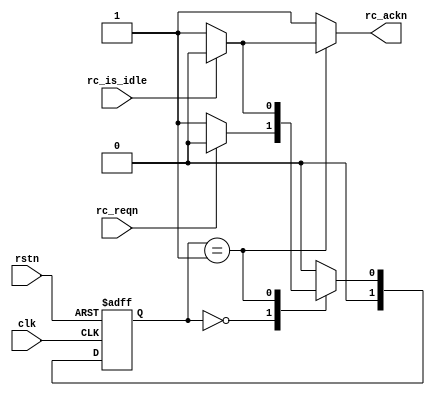
module intern_sync
(
	input       clk       ,
	input       rstn      ,
	input       rc_is_idle,
	input       rc_reqn,
	output reg  rc_ackn
);
	reg [1:0] state_c, state_n;
	localparam [1:0]
		RC_Idle    = 4'd0,
		RC_ReqAck  = 4'd1;
	always @(posedge clk or negedge rstn) begin
		if (~rstn)
			state_c <= RC_Idle;
		else
			state_c <= state_n;
	end
	always @(*) begin
		{rc_ackn} = {1'b1};
		case (state_c)
			RC_Idle: begin state_n = (~rc_reqn)? RC_ReqAck:RC_Idle; end
			RC_ReqAck:begin
				if(rc_is_idle) begin
					state_n = RC_Idle;
					rc_ackn = 1'b0;
				end else begin
					state_n = RC_ReqAck;
				end
			end
			default: begin state_n = RC_Idle; end
		endcase
	end
endmodule